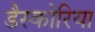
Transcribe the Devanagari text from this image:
डैस्कोरिया